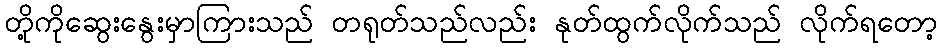
တို့ကိုဆွေးနွေးမှာကြားသည် တရုတ်သည်လည်း နုတ်ထွက်လိုက်သည် လိုက်ရတော့